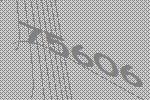
75606